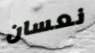
نعسان